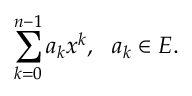
\sum _ { k = 0 } ^ { n - 1 } a _ { k } x ^ { k } , \ \ a _ { k } \in E .